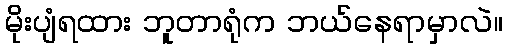
မိုးပျံရထား ဘူတာရုံက ဘယ်နေရာမှာလဲ။